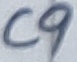
Text: C9